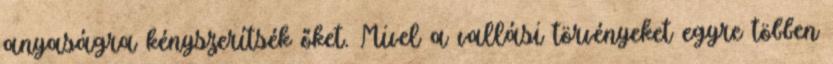
anyaságra kényszerítsék őket. Mivel a vallási törvényeket egyre többen